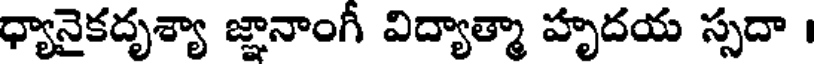
ధ్యానైకదృశ్యా జ్ఞానాంగీ విద్యాత్మా హృదయ స్సదా ।